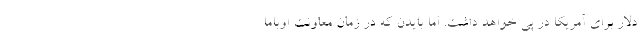
دلار برای آمریکا در پی خواهد داشت. اما بایدن که در زمان معاونت اوباما